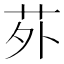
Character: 𫟌